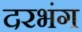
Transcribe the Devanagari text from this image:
दरभंग